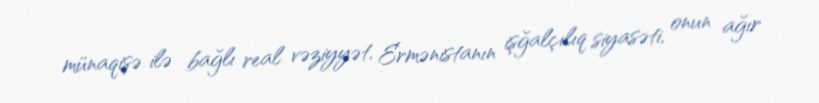
münaqişə ilə bağlı real vəziyyət, Ermənistanın işğalçılıq siyasəti, onun ağır